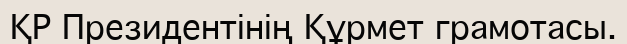
ҚР Президентінің Құрмет грамотасы.